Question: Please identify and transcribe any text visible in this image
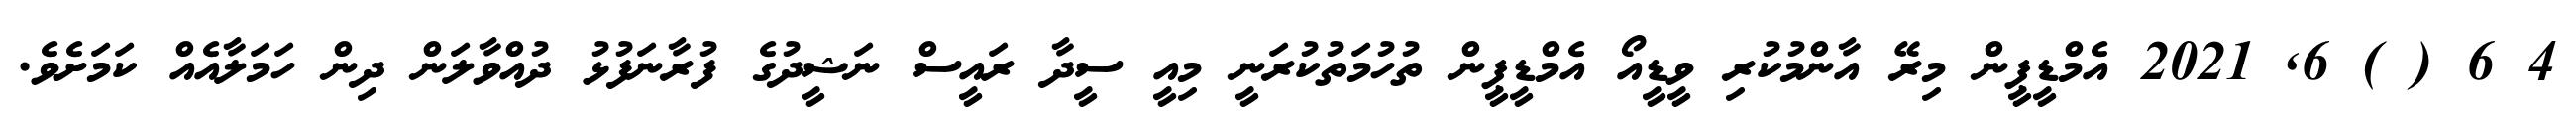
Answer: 4 6 ( ) 6, 2021 އެމްޑީޕީން މިރޭ އާންމުކުރި ވީޑީއޯ އެމްޑީޕީން ތުހުމަތުކުރަނީ މިއީ ސީދާ ރައީސް ނަޝީދުގެ ފުރާނަފުޅު ދުއްވާލަން ދިން ހަމަލާއެއް ކަމަށެވެ.